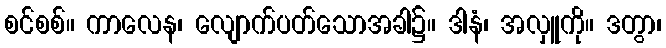
စင်စစ်။ ကာလေန၊ လျောက်ပတ်သောအခါ၌။ ဒါနံ၊ အလှူကို။ ဒတွာ၊